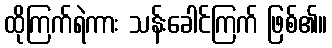
ထိုကြက်ရဲကား သန်းခေါင်ကြက် ဖြစ်၏။